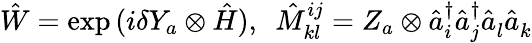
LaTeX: \hat{W}=\exp{(i\delta Y_{a}\otimes\hat{H})},~~\hat{M}_{kl}^{ij}=Z_{a}\otimes\hat{a}_{i}^{\dagger}\hat{a}_{j}^{\dagger}\hat{a}_{l}^{}\hat{a}_{k}^{}